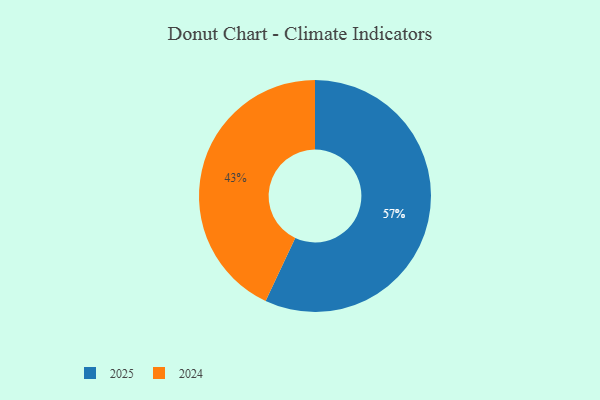
{"axis": {"x": "Category", "y": "Percentage"}, "legend": ["2024", "2025"], "data": [{"x": "2024", "y": 43, "type": "2024"}, {"x": "2025", "y": 57, "type": "2025"}]}